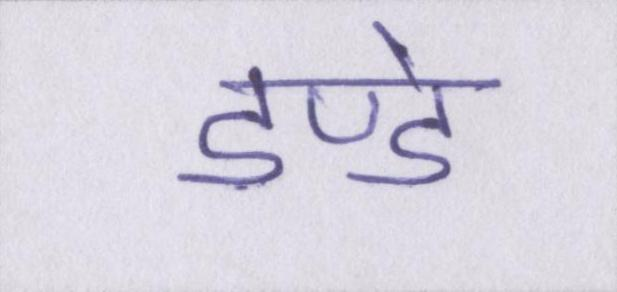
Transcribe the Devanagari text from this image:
डण्डे